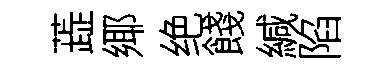
蕋鄊绝餞緘陷